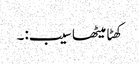
کھٹا میٹھا سیب:۔